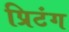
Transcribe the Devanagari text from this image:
प्रिटंग